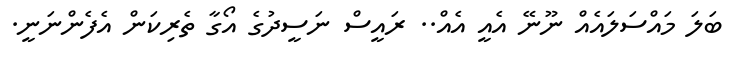
ބަލަ މައްސަލައެއް ނޫނޭ އެއީ އެއް.. ރައީސް ނަސީދުގެ އޯގާ ތެރިކަން އެފެންނަނީ.